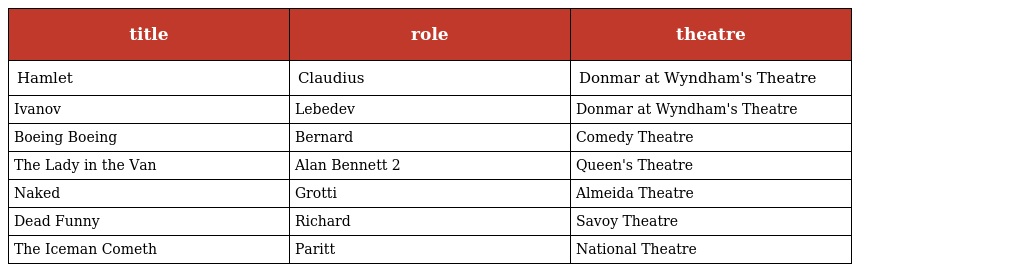
| title | role | theatre |
 | --- | --- | --- |
 | Hamlet | Claudius | Donmar at Wyndham's Theatre |
 | Ivanov | Lebedev | Donmar at Wyndham's Theatre |
 | Boeing Boeing | Bernard | Comedy Theatre |
 | The Lady in the Van | Alan Bennett 2 | Queen's Theatre |
 | Naked | Grotti | Almeida Theatre |
 | Dead Funny | Richard | Savoy Theatre |
 | The Iceman Cometh | Paritt | National Theatre |